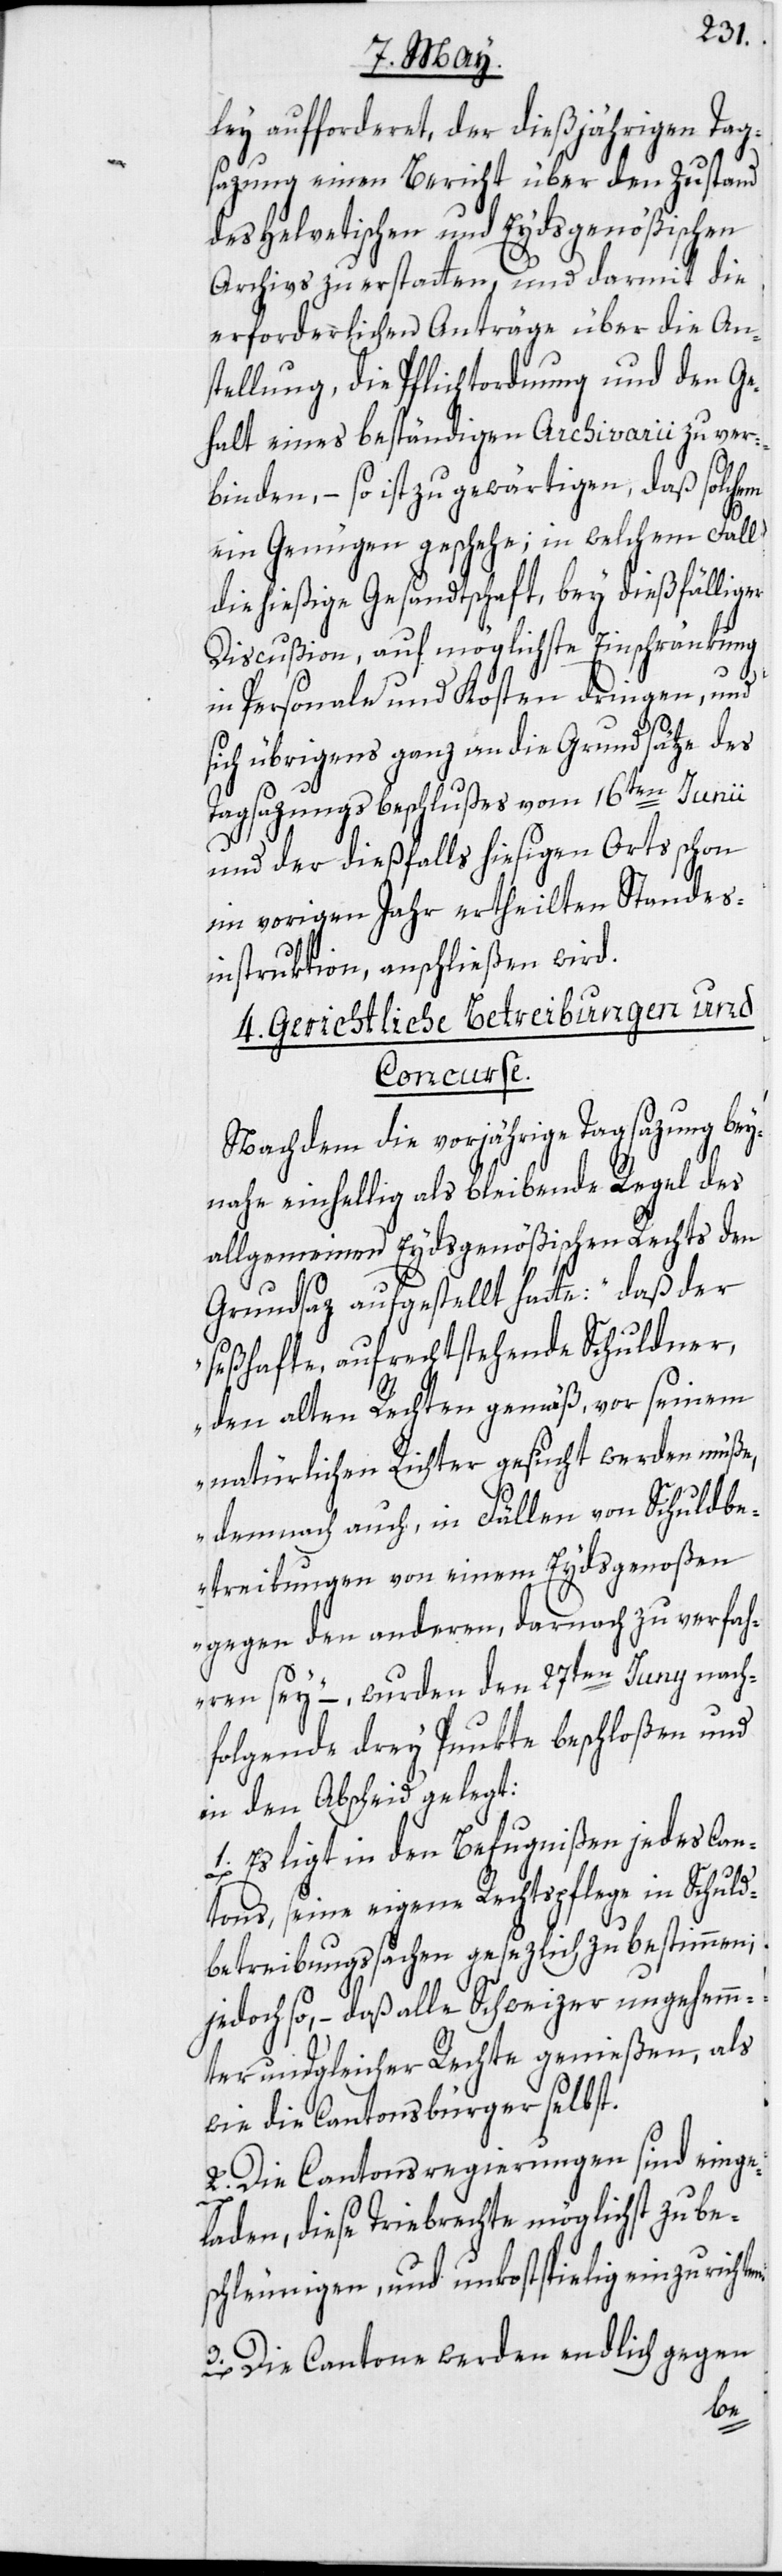
ley aufforderet, der dießjährigen Tag¬
sazung einen Bericht über den Zustand
des Helvetischen und Eydsgenößischen
Archivs zu erstatten, und darmit die
erforderlichen Anträge über die An¬
stellung, die Pflichtordnung und den Ge¬
halt eines beständigen Archivarii zu ver¬
binden, – so ist zu gewärtigen, daß solchem
ein Genügen geschehe; in welchem Fall
die hießige Gesandtschaft, bey dießfälliger
Discußion, auf möglichste Einschränkung
in Personale und Kosten dringen, und
sich übrigens ganz an die Grundsätze des
Tagsazungsbeschlußes vom 16ten Junii
3.
und der dießfalls hiesigen Orts schon
im vorigen Jahr ertheilten Standes¬
instruktion, anschließen wird.
4. Gerichtliche Betreibungen und
Concurse.
Nachdem die vorjährige Tagsazung bey¬
nahe einhellig als bleibende Regel des
allgemeinen Eydsgenößischen Rechts den
Grundsaz aufgestellt hatte: „Daß der
seßhafte, aufrechtstehende Schuldner,
den alten Rechten gemäß, vor seinem
natürlichen Richter gesucht werden müße,
demnach auch, in Fällen von Schuldbe¬
treibungen von einem Eydsgenoßen
gegen den anderen, darnach zu verfah¬
ren sei“ –, wurden den 27ten Juny nach¬
folgende drey Punkte beschloßen und
in den Abscheid gelegt:
1. Es ligt in den Befugnißen jedes Can¬
tons, seine eigene Rechtspflege in Schuld¬
betreibungssachen gesezlich zu bestimmen;
jedoch so, – daß alle Schweizer ungehemm¬
ter und gleicher Rechte genießen, als
wie die Cantonsbürger selbst.
2. Die Cantonsregierungen sind einge¬
laden, diese Triebrechte möglichst zu be¬
schleunigen, und unkostspielig einzurichte¬
Die Cantone werden endlich gegen